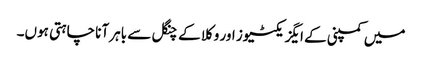
میں کمپنی کے ایگزیکٹیوز اور وکلا کے چنگل سے باہر آنا چاہتی ہوں۔